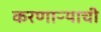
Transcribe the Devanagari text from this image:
करणाऱ्याची